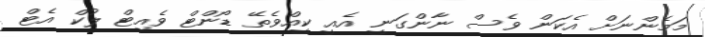
މަމެންނަށް އެކަން ވެސް ނާންގަނީ އެއީ ކީއްވެތޭ ޑޯންޓް ވެއިޓް ލުކް އެޓް